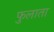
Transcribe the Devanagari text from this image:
फुलाता